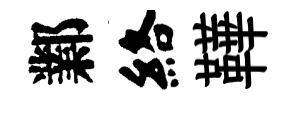
鄴絡鞾